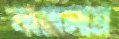
ঝাম্‌রালাম